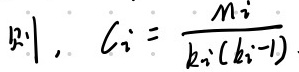
$|b_i|, \quad C_i=\frac{M_i}{k_i(k_i - 1)}$